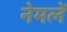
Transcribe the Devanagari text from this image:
नेमलें